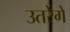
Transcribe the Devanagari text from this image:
उतरेंगे